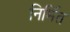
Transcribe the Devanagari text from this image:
निर्मित